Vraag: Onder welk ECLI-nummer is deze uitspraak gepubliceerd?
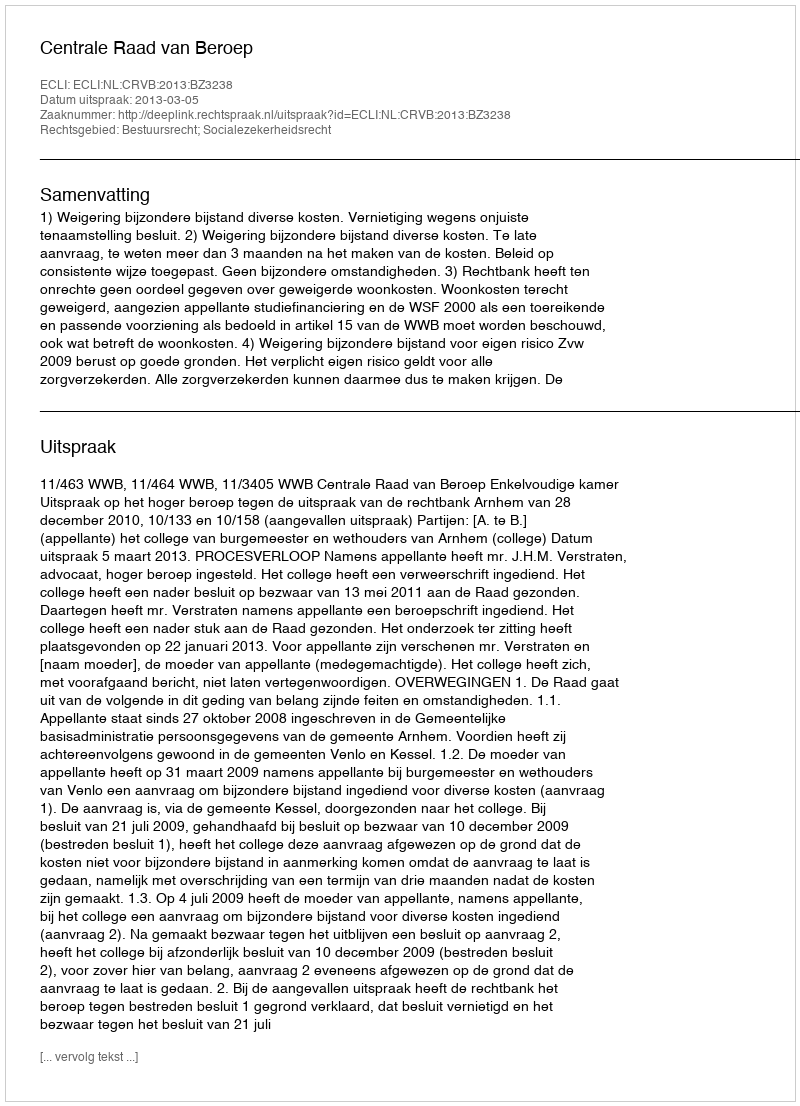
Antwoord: ECLI:NL:CRVB:2013:BZ3238